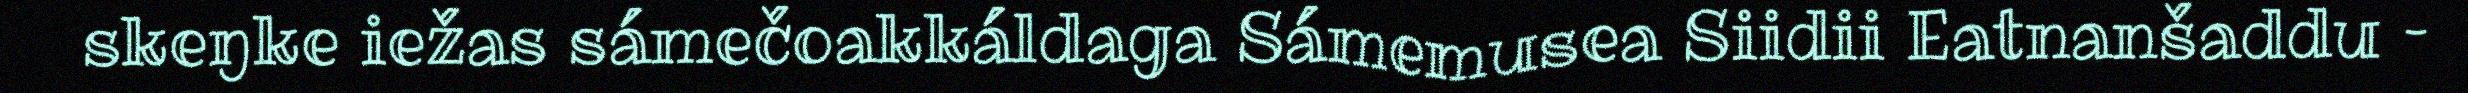
skeŋke iežas sámečoakkáldaga Sámemusea Siidii Eatnanšaddu –